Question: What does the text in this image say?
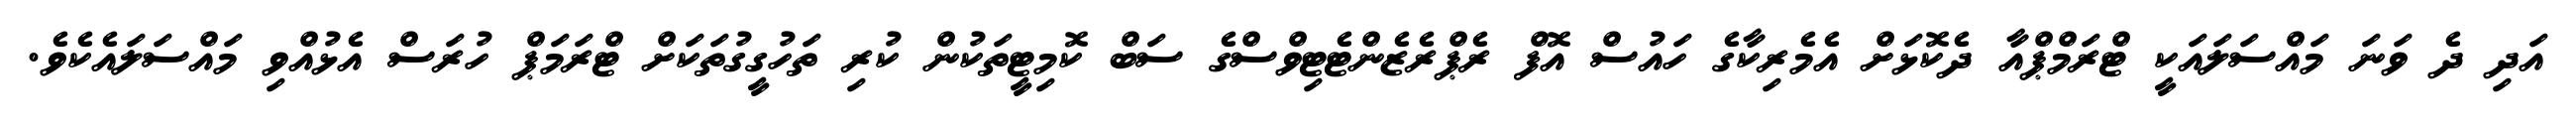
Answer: އަދި ދެ ވަނަ މައްސަލައަކީ ޓްރަމްޕްއާ ދެކޮޅަށް އެމެރިކާގެ ހައުސް އޮފް ރެޕްރެޒެންޓެޓިވްސްގެ ސަބް ކޮމިޓީތަކުން ކުރި ތަހުގީގުތަކަށް ޓްރަމަޕް ހުރަސް އެޅުއްވި މައްސަލައެކެވެ.